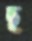
ছ